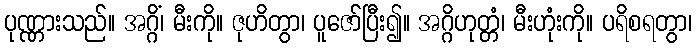
ပုဏ္ဏားသည်။ အဂ္ဂိံ၊ မီးကို။ ဇုဟိတွာ၊ ပူဇော်ပြီး၍။ အဂ္ဂိဟုတ္တံ၊ မီးဟုံးကို။ ပရိစရတွာ၊